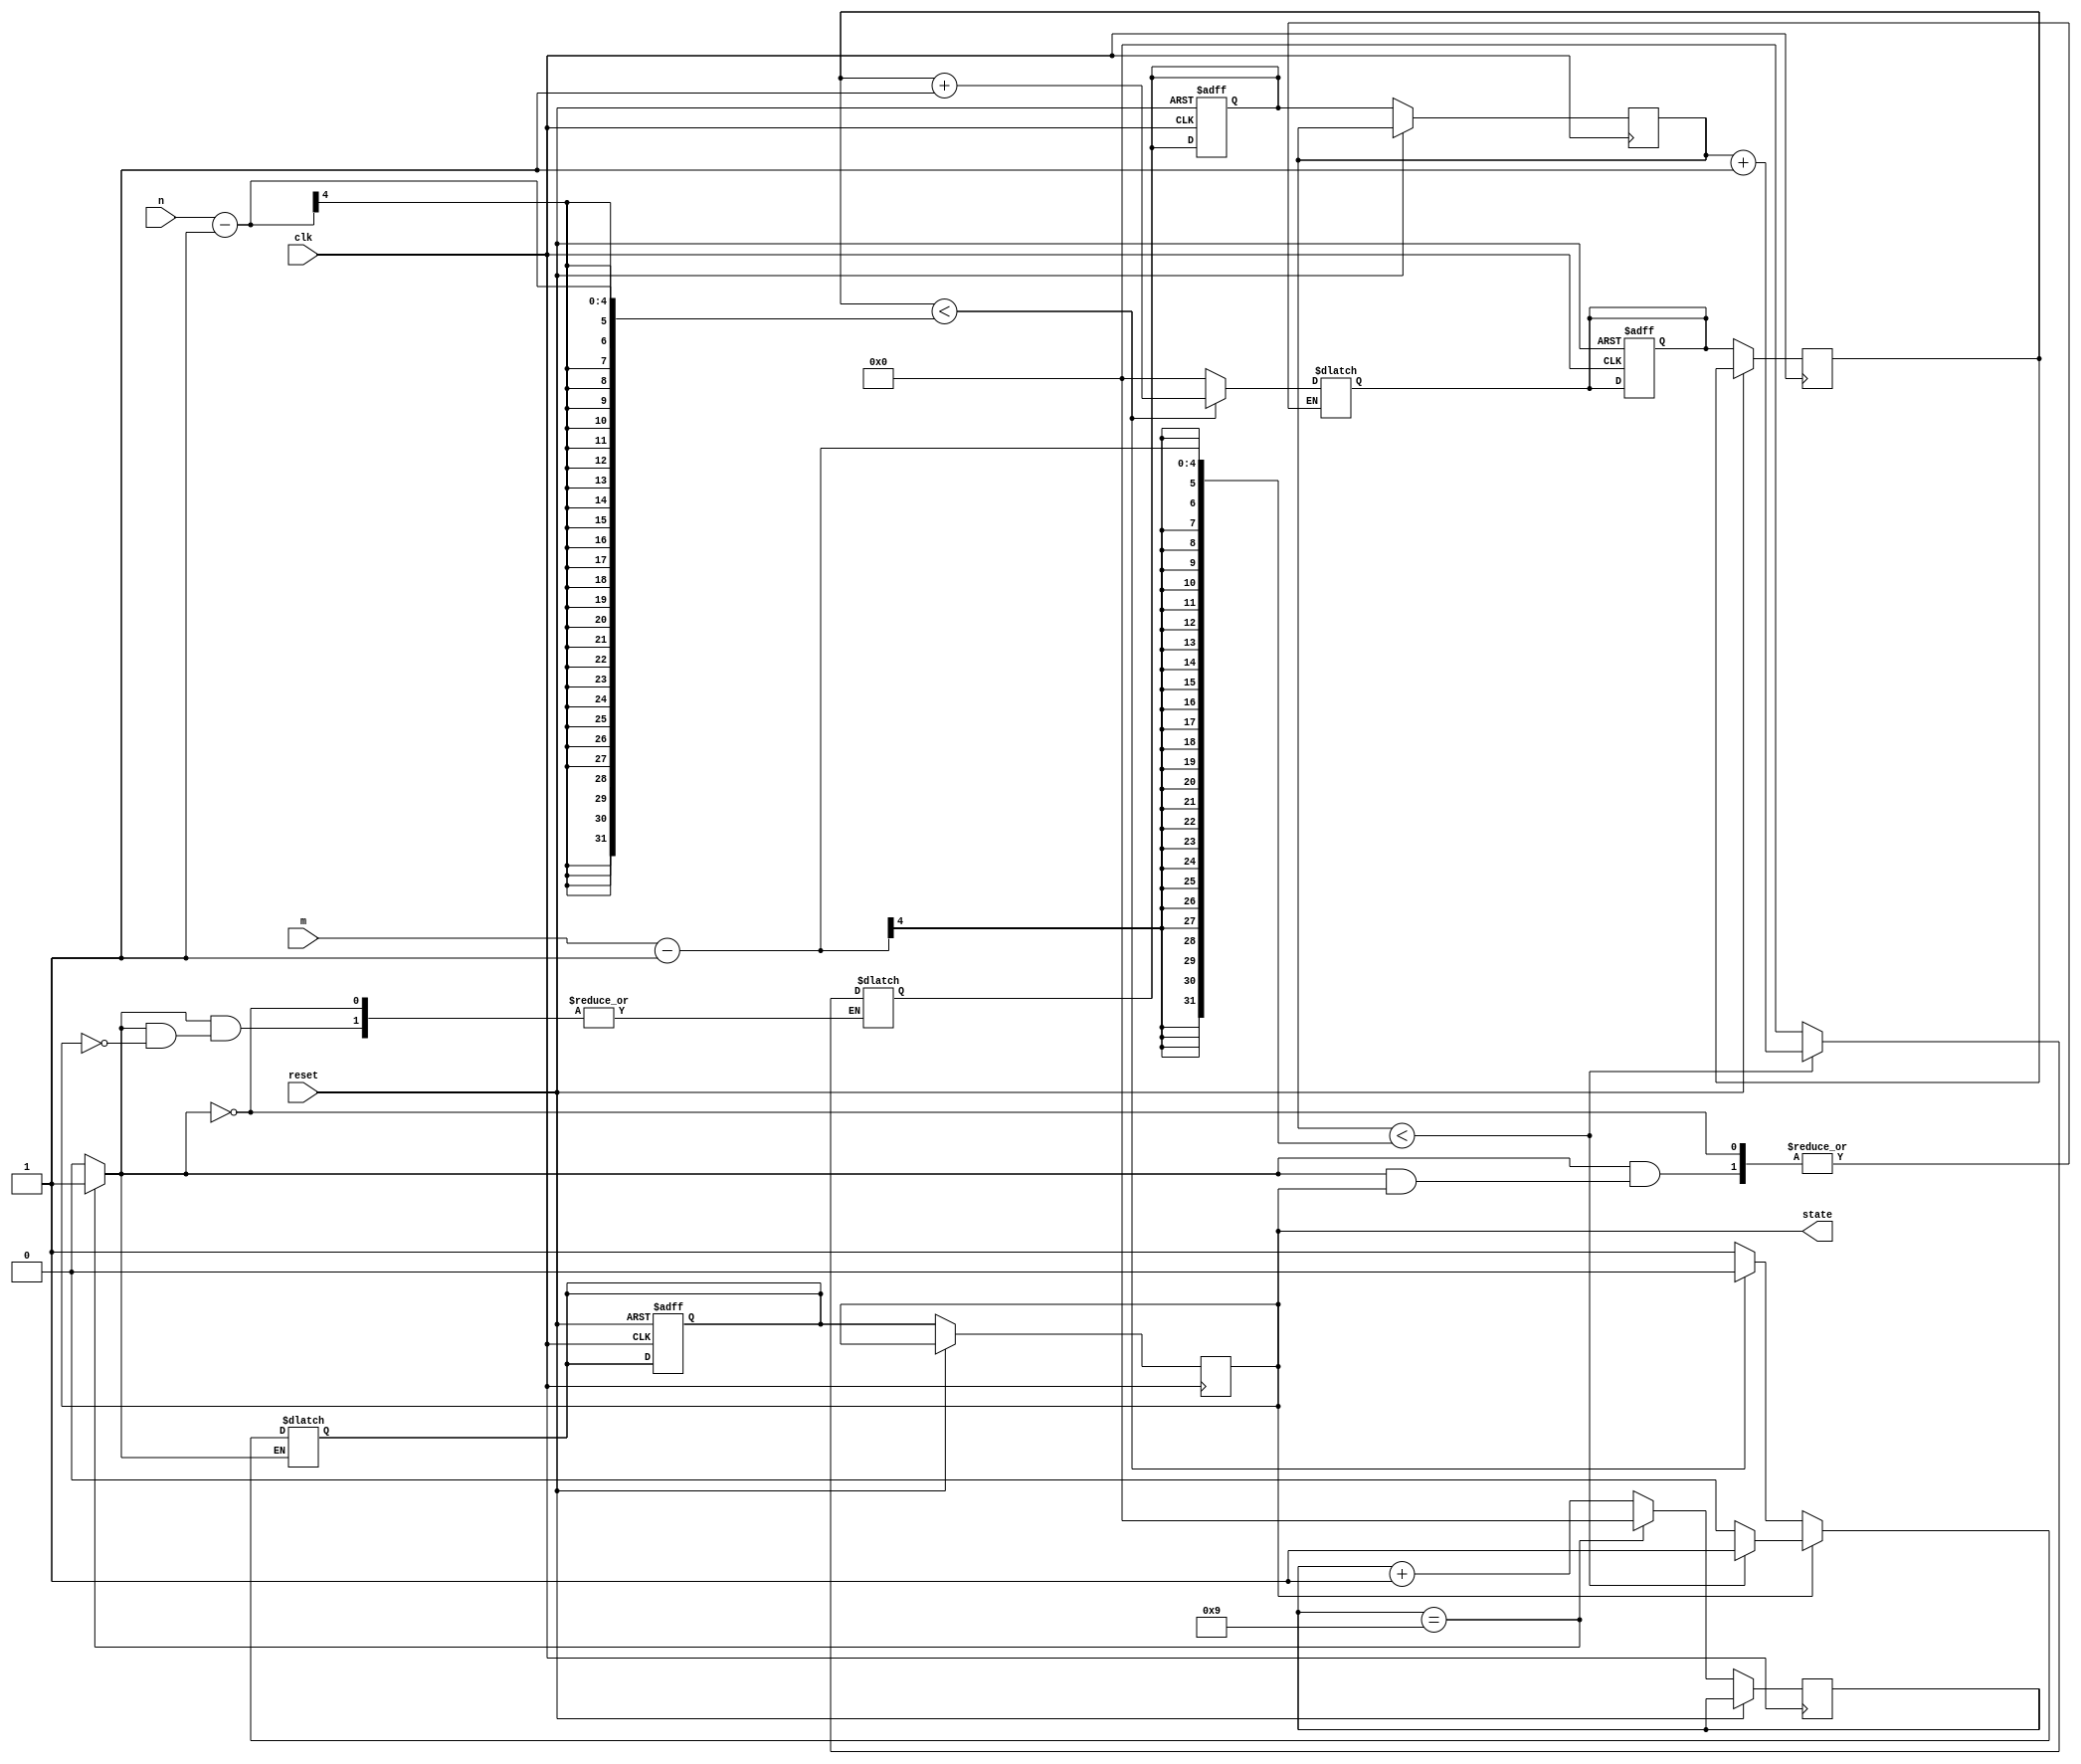
module waveform_generator
  (
   input [3:0] m,
   input [3:0] n,
   input clk,
   input reset,
   output state
   );


   // signal declaration
   localparam DVSR = 9;
   wire [3:0] timer_next;
   reg [3:0]  timer_reg = 0;   // want to count to 10 and then set timer_tick
   wire       timer_tick;
   reg [3:0]  m_count = 0;
   reg [3:0]  m_reg = 0;
   reg [3:0]  n_count = 0;
   reg [3:0]  n_reg = 0;
   reg        high;
   reg        high_reg;


   // register
   always @(posedge clk, posedge reset) begin
      if (reset) begin
         m_count <= 0;
         n_count <= 0;
         high <= 0;
      end else begin
         timer_reg <= timer_next;
         m_reg <= m_count;
         n_reg <= n_count;
         high_reg <= high;
      end
   end

   // next state logic

   // 100ns tick generator
   assign timer_next = (timer_reg == DVSR) ? 3'b0 : timer_reg + 1;
   assign timer_tick = (timer_reg == 9) ? 1'b1 : 1'b0;

   // m and n counters
   always @(*) begin
      if (timer_tick) begin
         if (high_reg) begin
            if (m_reg < m - 1) begin
               m_count = m_reg + 1;
               high = 1'b1;
            end else begin
               m_count = 0;
               high = 1'b0;
            end
         end else begin
            if (n_reg < n - 1) begin
               n_count = n_reg + 1;
               high = 1'b0;
            end else begin
               n_count = 0;
               high = 1'b1;
            end
         end // else: !if(high)
      end // if (timer_tick)
   end // always @ (*)

   // output logic
   assign state = high_reg;

endmodule // waveform_generator